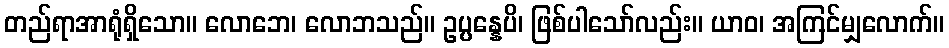
တည်ရာအာရုံရှိသော။ လောဘေ၊ လောဘသည်။ ဥပ္ပန္နေပိ၊ ဖြစ်ပါသော်လည်း။ ယာဝ၊ အကြင်မျှလောက်။